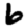
Digit: 6